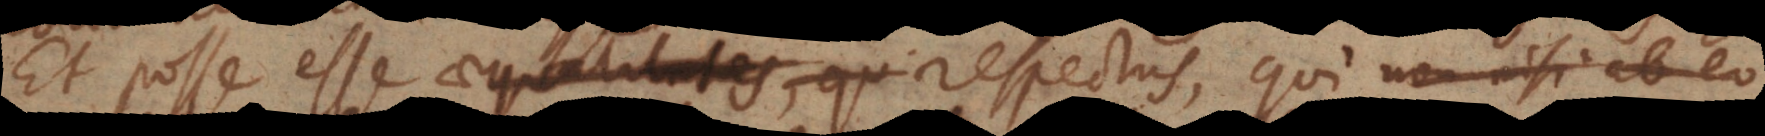
Et posse esse aequalitates, qu respectus, qui non nisi ab eo